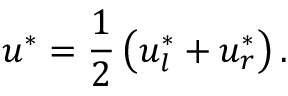
u ^ { * } = \frac { 1 } { 2 } \left( u _ { l } ^ { * } + u _ { r } ^ { * } \right) .